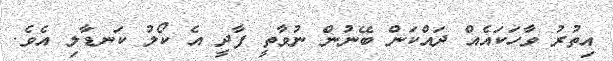
އިތުރު ވާހަކައެއް ދައްކަން ބޭނުން ނުވާތީ ފާދީ އެ ކޯލު ކަނޑާލި އެވެ.